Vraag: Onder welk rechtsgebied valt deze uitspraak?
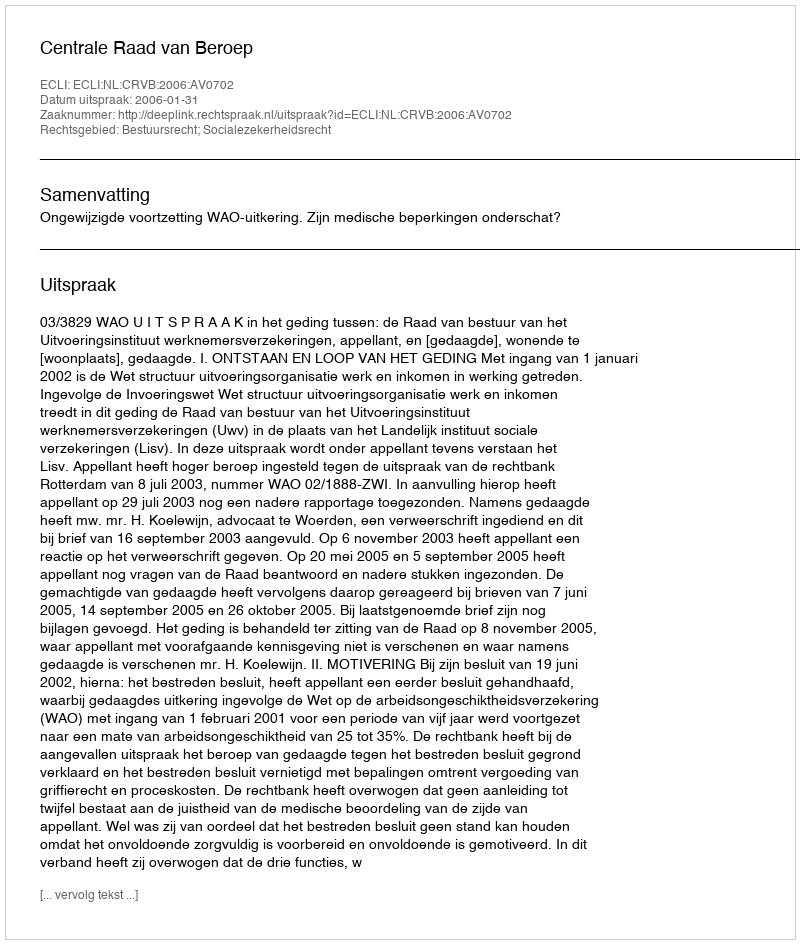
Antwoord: Bestuursrecht; Socialezekerheidsrecht